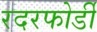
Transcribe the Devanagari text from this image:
रदरफोर्डी